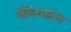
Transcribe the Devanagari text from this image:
बँकिंगद्वारा